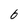
Character: 6